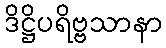
ဒိဋ္ဌိပရိဗ္ဗသာနာ